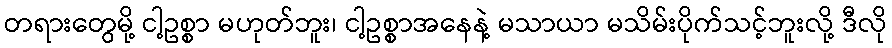
တရားတွေမို့ ငါ့ဥစ္စာ မဟုတ်ဘူး၊ ငါ့ဥစ္စာအနေနဲ့ မသာယာ မသိမ်းပိုက်သင့်ဘူးလို့ ဒီလို